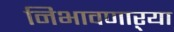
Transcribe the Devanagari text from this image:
निभावणाऱ्या